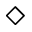
\diamond